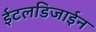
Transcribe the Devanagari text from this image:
ईटलडिजाईन